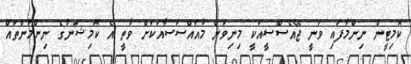
ކޮމިޓީން ނިންމާފައި ވަނީ ޖޭއެސްސީއަކީ މިނިވަން މުއައްސަސާއަކަށް ވާތީ އެ ކޮމިޝަނުގެ ނިންމުންތައް